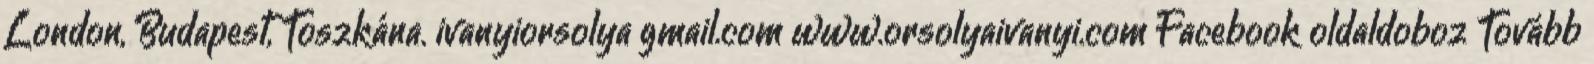
London, Budapest, Toszkána. ivanyiorsolya gmail.com www.orsolyaivanyi.com Facebook oldaldoboz Tovább